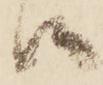
候